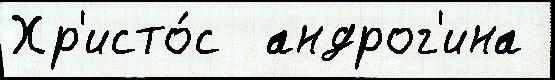
Хр'исто́с  андрог'ина